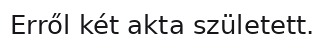
Erről két akta született.